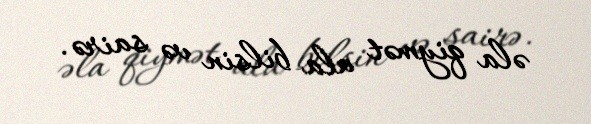
əla qiymət ala bilsin və sairə.